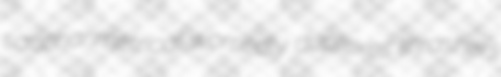
saccharimetrical worriedly duplexes thrashers